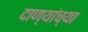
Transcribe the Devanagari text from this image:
दाण्यांच्या